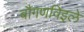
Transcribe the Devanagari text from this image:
बौगणविइले